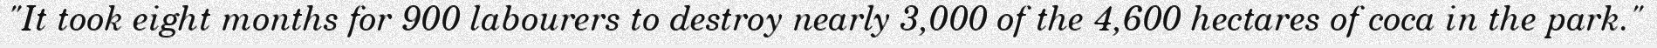
"It took eight months for 900 labourers to destroy nearly 3,000 of the 4,600 hectares of coca in the park."